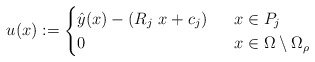
\begin{align*} u(x) := \begin{cases} \hat{y}(x) - (R_j\,\,x +c_j) & \ \ x \in P_j \\ 0 & \ \ x \in \Omega \setminus \Omega_\rho \end{cases}\end{align*}